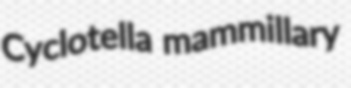
Cyclotella mammillary